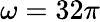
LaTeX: \omega=32\pi